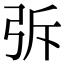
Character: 𭚪